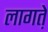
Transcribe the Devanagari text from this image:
लागत़े